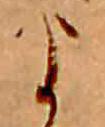
よ